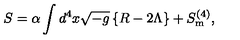
S = \alpha \int d ^ { 4 } x \sqrt { - g } \left\{ R - 2 \Lambda \right\} + S _ { \mathrm { { m } } } ^ { ( 4 ) } ,